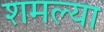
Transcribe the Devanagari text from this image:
शमल्या